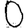
Digit: 0